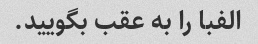
الفبا را به عقب بگویید.